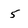
Character: 5